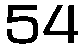
54